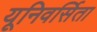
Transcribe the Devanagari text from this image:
यूनिवर्सिता